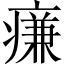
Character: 㾾